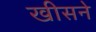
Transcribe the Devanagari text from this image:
खीसने